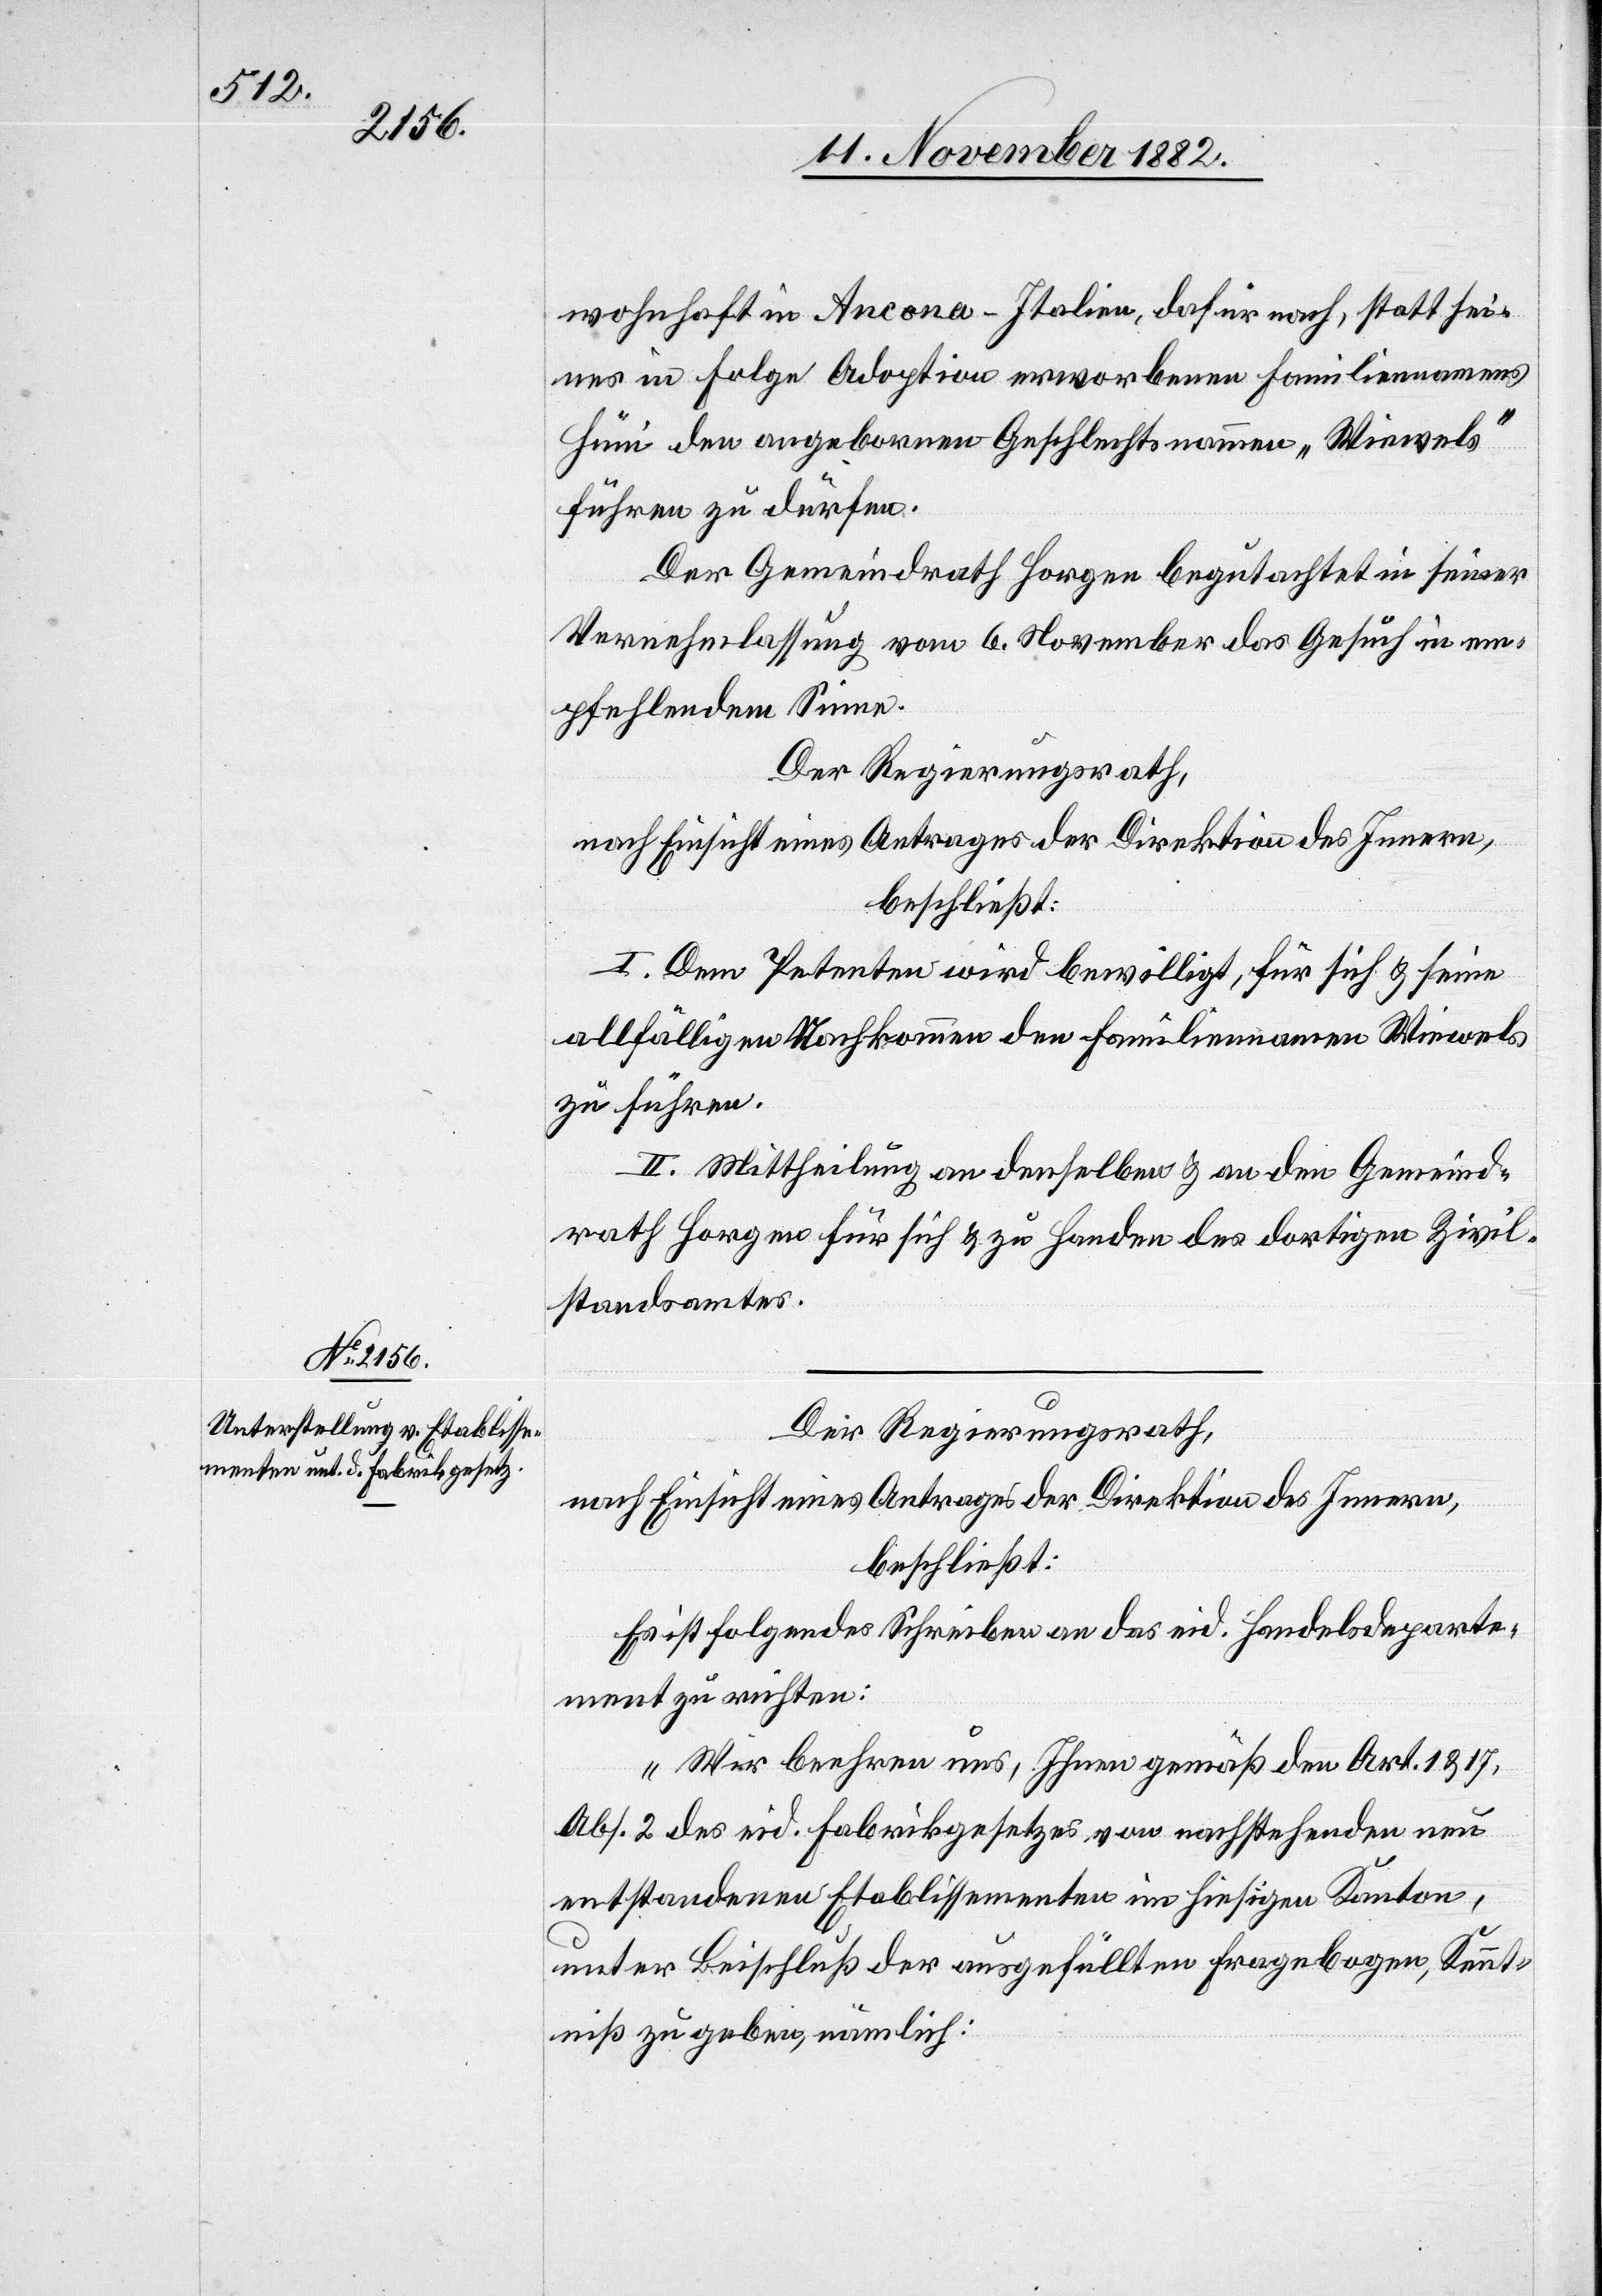
wohnhaft in Ancona - Italien, dafür nach, statt sei¬
nes in Folge Adoption erworbenen Familiennamens
Hüni den angeborenen Geschlechtsnamen „Wiewels“
führen zu dürfen.
Der Gemeindrath Horgen begutachtet in seiner
Vernehmlassung vom 6. November das Gesuch in em¬
pfehlendem Sinne.
Der Regierungsrath,
nach Einsicht eines Antrages der Direktion des Innern,
beschließt:
I. Dem Petenten wird bewilligt, für sich & seine
allfälligen Nachkommen den Familiennamen Wiewels
zu führen.
II. Mittheilung an denselben & an den Gemeind¬
rath Horgen für sich & zu Handen des dortigen Zivil¬
standsamtes.
Der Regierungsrath,
nach Einsicht eines Antrages der Direktion des Innern,
beschließt:
Es ist folgendes Schreiben an das eid. Handelsdeparte¬
ment zu richten:
„Wir beehren uns, Ihnen gemäß den Art. 1 & 17,
Abs. 2 des eid. Fabrikgesetzes von nachstehenden neu
entstandenen Etablissementen im hiesigen Kanton,
unter Beischluß der ausgefüllten Fragebogen, Kennt¬
niß zu geben, nämlich: